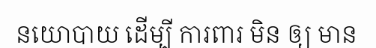
នយោបាយ ដើម្បី ការពារ មិន ឲ្យ មាន